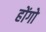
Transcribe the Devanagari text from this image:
होंगो